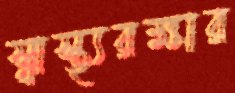
স্বাস্থ্যরক্ষার